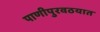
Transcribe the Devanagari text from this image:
पाणीपुरवठयात